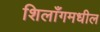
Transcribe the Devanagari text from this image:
शिलाँगमधील